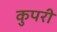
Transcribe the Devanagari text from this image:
कुपरी